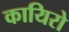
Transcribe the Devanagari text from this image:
कायिरो